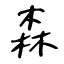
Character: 森